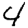
Digit: 4